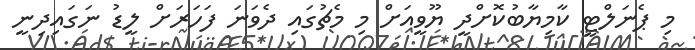
މި ޕެނަލްޓީ ކާމިޔާބުކޮށްދީ ޔޫވީއަށް މި މެޗުގައި ދެވަނަ ފަހަރަށް ލީޑު ނަގައިދިނީ